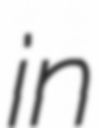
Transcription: in